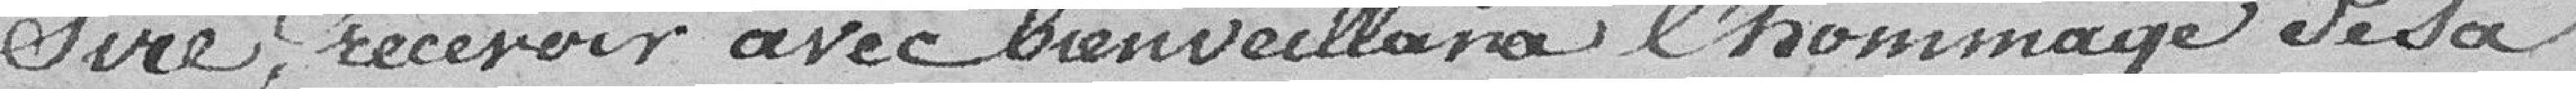
Sire, recevoir avec bienveillance l'hommage de sa